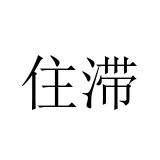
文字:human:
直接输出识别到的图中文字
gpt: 住滞